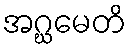
အဂ္ဃမေတိ